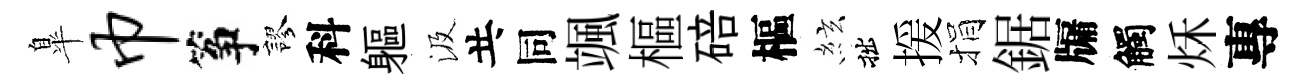
臯巾筝謬科軀汲共同颯樞碚樞絃拙援捐鋸牖觸秌專